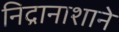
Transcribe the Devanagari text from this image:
निद्रानाशाने